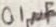
Text: 0.1µF